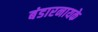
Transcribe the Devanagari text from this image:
बंडारनायके